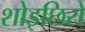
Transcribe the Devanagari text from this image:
शोइछिरो